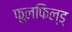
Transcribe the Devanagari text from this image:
फुलफिल्ड्